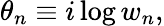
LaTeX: \theta_{n}\equiv i\log{w_{n}},